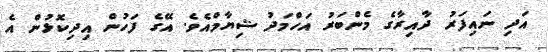
އަދި ނައިފަރު ދާއިރާގެ މެންބަރު އަހްމަދު ޝިޔާމްއެވެ. އޭގެ ފަހުން އިދިކޮޅުން އެ